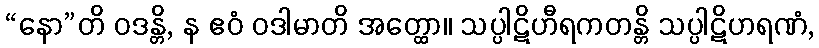
“နော”တိ ဝဒန္တိ, န ဧဝံ ဝဒါမာတိ အတ္ထော။ သပ္ပါဋိဟီရကတန္တိ သပ္ပါဋိဟရဏံ,